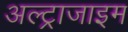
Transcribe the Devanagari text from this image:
अल्ट्राजाइम